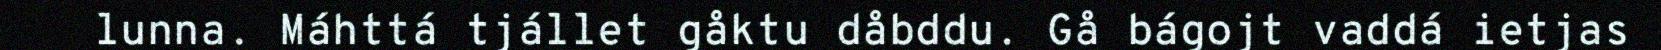
lunna. Máhttá tjállet gåktu dåbddu. Gå bágojt vaddá ietjas